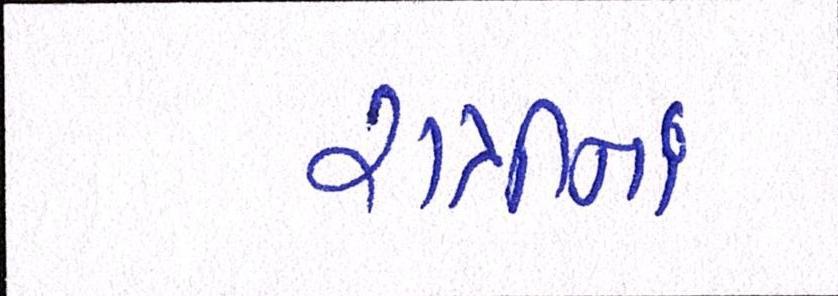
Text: રાત્રીનાં